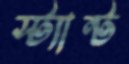
স্ট্যান্ট